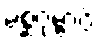
မစ္ဆဂုမ္ဗာပိ